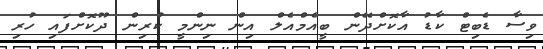
ވިސާ ޑެބިޓް ކާޑު އާކޮށްދޭން ބީއެމްއެލް އިން ނިންމީ ކުރިން ދޫކޮށްފައި ހުރި